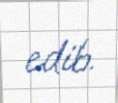
edib.